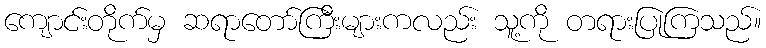
ကျောင်းတိုက်မှ ဆရာတော်ကြီးများကလည်း သူ့ကို တရားပြုကြသည်။